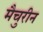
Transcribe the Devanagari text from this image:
मैचुरीन